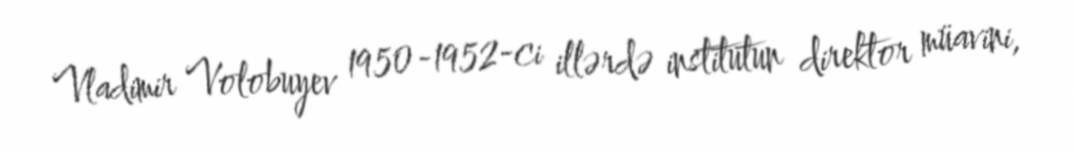
Vladimir Volobuyev 1950-1952-ci illərdə institutun direktor müavini,